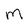
Character: M